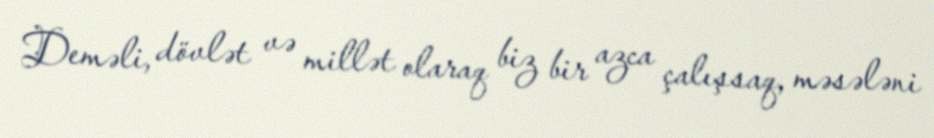
Deməli, dövlət və millət olaraq biz bir azca çalışsaq, məsələni